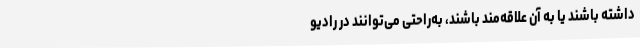
داشته باشند یا به آن علاقه‌مند باشند، به‌راحتی می‌توانند در رادیو